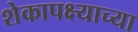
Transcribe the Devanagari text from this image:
शेकापक्ष्याच्या